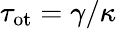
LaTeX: \tau_{\mathrm{ot}}=\gamma/\kappa